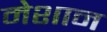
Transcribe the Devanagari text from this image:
मेशान